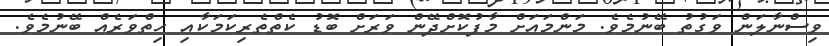
ވިސްނާލަން ވަގުތު ބޭނުމެވެ. މަންމައަށް މާފުކޮށްދޭން ވަރަށް ބޮޑު ކެތްތެރިކަމަކާއި ހިތްވަރެއް ބޭނުމެވެ.